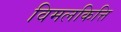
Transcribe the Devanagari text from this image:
विमलकित्ति